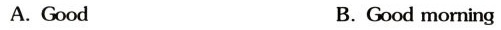
A.Good B.Good morning